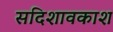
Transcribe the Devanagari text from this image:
सदिशावकाश